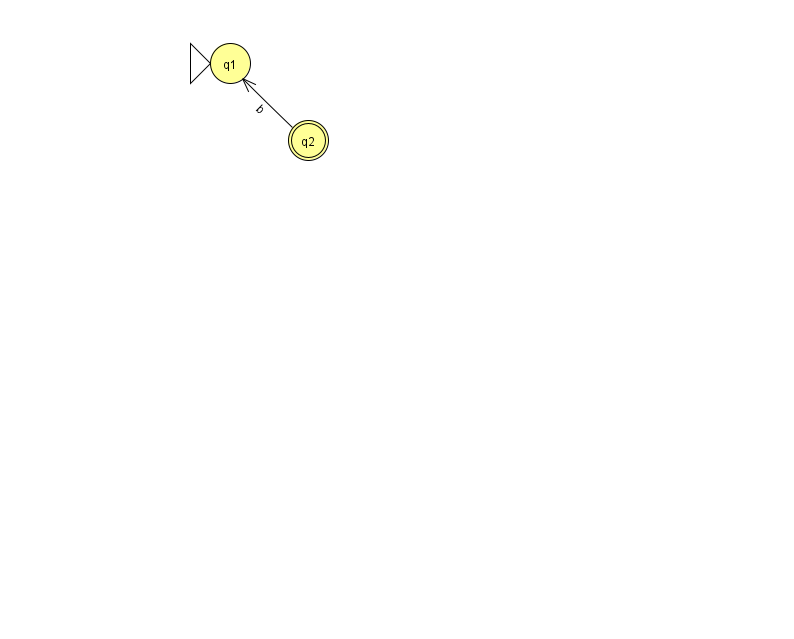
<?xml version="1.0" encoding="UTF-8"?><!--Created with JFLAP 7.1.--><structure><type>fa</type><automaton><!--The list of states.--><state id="1" name="q1"><x>230.0</x><y>50.0</y><initial/></state><state id="2" name="q2"><x>308.0</x><y>127.0</y><final/></state><!--The list of transitions.--><transition><from>2</from><to>1</to><read>b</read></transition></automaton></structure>